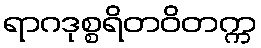
ရာဂဒုစ္စရိတဝိတက္က